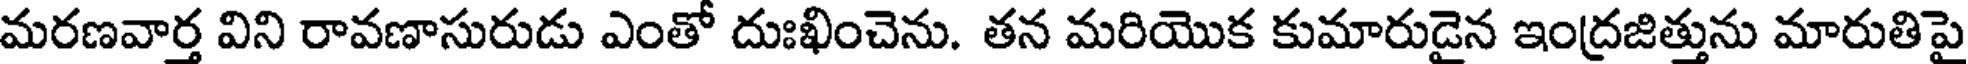
మరణవార్త విని రావణాసురుడు ఎంతో దుఃఖించెను. తన మరియొక కుమారుడైన ఇంద్రజిత్తును మారుతిపై